Scientific memoirs by medical officers of the Army of India - Part X,
Year: 1897
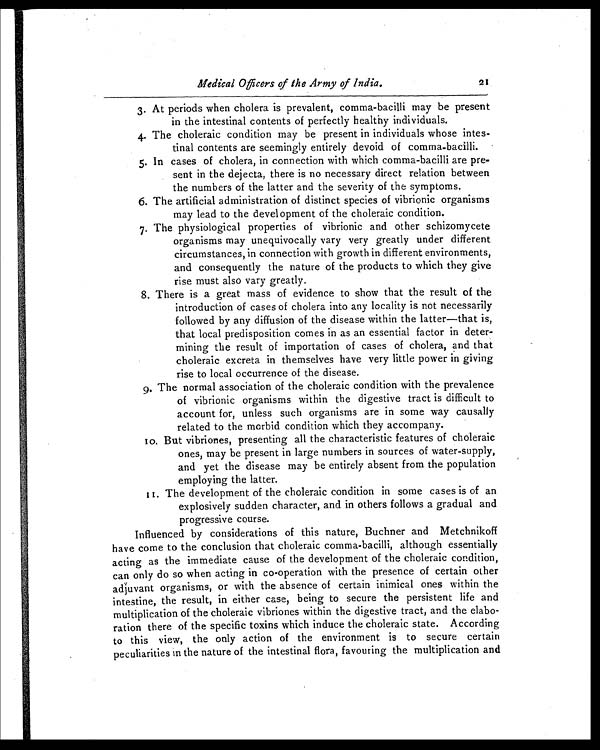
Medical Officers of the Army of India.
21
3. At periods when cholera is prevalent, comma-bacilli may be present
in the intestinal contents of perfectly healthy individuals.
4. The choleraic condition may be present in individuals whose intes-
tinal contents are seemingly entirely devoid of comma-bacilli.
5. In cases of cholera, in connection with which comma-bacilli are pre-
sent in the dejecta, there is no necessary direct relation between
the numbers of the latter and the severity of the symptoms.
6. The artificial administration of distinct species of vibrionic organisms
may lead to the development of the choleraic condition.
7. The physiological properties of vibrionic and other schizomycete
organisms may unequivocally vary very greatly under different
circumstances, in connection with growth in different environments,
and consequently the nature of the products to which they give
rise must also vary greatly.
8. There is a great mass of evidence to show that the result of the
introduction of cases of cholera into any locality is not necessarily
followed by any diffusion of the disease within the latter—that is,
that local predisposition comes in as an essential factor in deter-
mining the result of importation of cases of cholera, and that
choleraic excreta in themselves have very little power in giving
rise to local occurrence of the disease.
9. The normal association of the choleraic condition with the prevalence
of vibrionic organisms within the digestive tract is difficult to
account for, unless such organisms are in some way causally
related to the morbid condition which they accompany.
1 0 . B u t v i b r i o n e s , p r e s e n t i n g a l l t h e c h a r a c t e r i s t i c f e a t u r e s o f c h o l e r a i c
ones, may be present in large numbers in sources of water-supply,
and yet the disease may be entirely absent from the population
employing the latter.
1 1 . T h e d e v e l o p m e n t o f t h e c h o l e r a i c c o n d i t i o n i n s o m e c a s e s i s o f a n
explosively sudden character, and in others follows a gradual and
progressive course.
Influenced by considerations of this nature, Buchner and Metchnikoff
have come to the conclusion that choleraic comma-bacilli, although essentially
acting as the immediate cause of the development of the choleraic condition,
can only do so when acting in co-operation with the presence of certain other
adjuvant organisms, or with the absence of certain inimical ones within the
intestine, the result, in either case, being to secure the persistent life and
multiplication of the choleraic vibriones within the digestive tract, and the elabo-
ration there of the specific toxins which induce the choleraic state. According
to this view, the only action of the environment is to secure certain
peculiarities in the nature of the intestinal flora, favouring the multiplication and